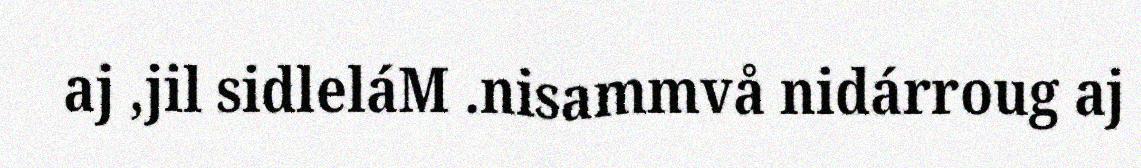
aj ,jil sidleláM .nisammvå nidárroug aj